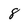
Character: 8